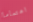
اهتماما